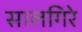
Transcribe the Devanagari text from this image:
सालगिरे